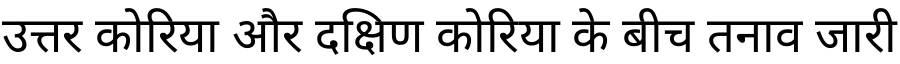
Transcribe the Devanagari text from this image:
उत्तर कोरिया और दक्षिण कोरिया के बीच तनाव जारी